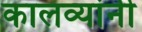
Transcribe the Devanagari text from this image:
कालव्यांनी